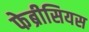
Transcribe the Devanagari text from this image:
फेब्रीसियस